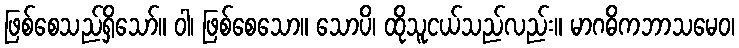
ဖြစ်စေသည်ရှိသော်။ ဝါ၊ ဖြစ်စေသော။ သောပိ၊ ထိုသူငယ်သည်လည်း။ မာဂဓိကဘာသမေဝ၊